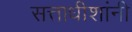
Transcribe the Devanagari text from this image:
सत्ताधीशांनी